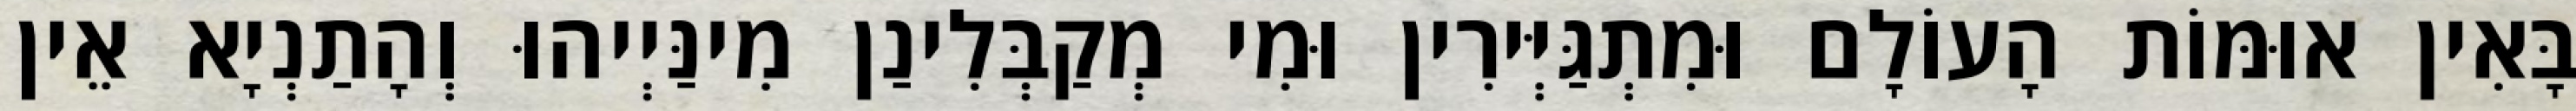
בָּאִין אוּמּוֹת הָעוֹלָם וּמִתְגַּיְּירִין וּמִי מְקַבְּלִינַן מִינַּיְיהוּ וְהָתַנְיָא אֵין